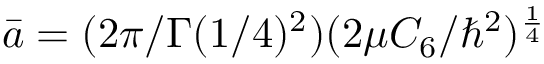
\bar { a } = ( 2 \pi / \Gamma ( 1 / 4 ) ^ { 2 } ) ( { 2 \mu C _ { 6 } } / { \hbar ^ { 2 } } ) ^ { \frac { 1 } { 4 } }